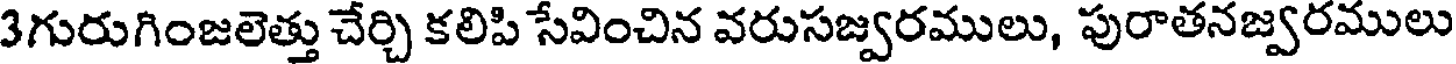
3గురుగింజలెత్తు చేర్చి కలిపి సేవించిన వరుసజ్వరములు, పురాతనజ్వరములు